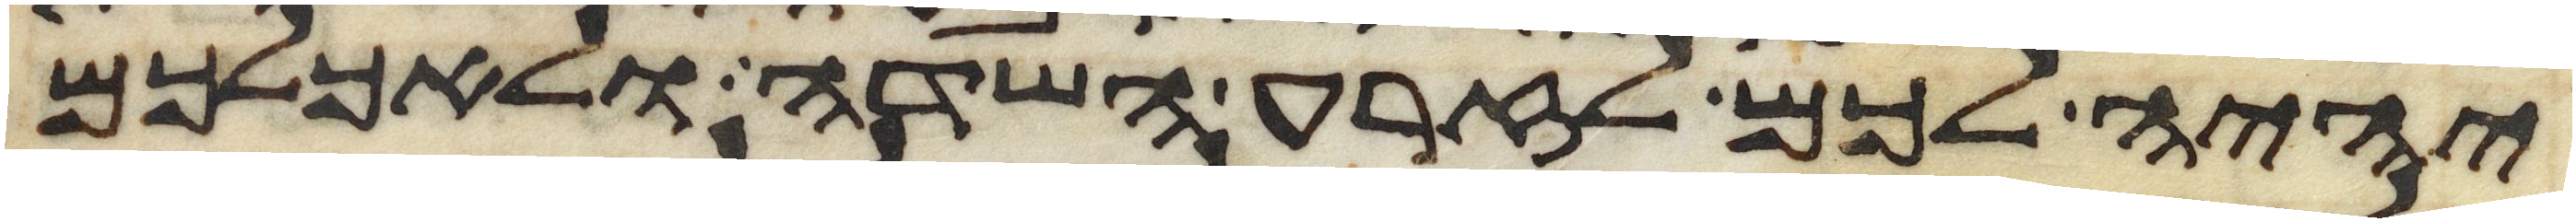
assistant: יהיה לכם לזרע השדה ולאכלכם